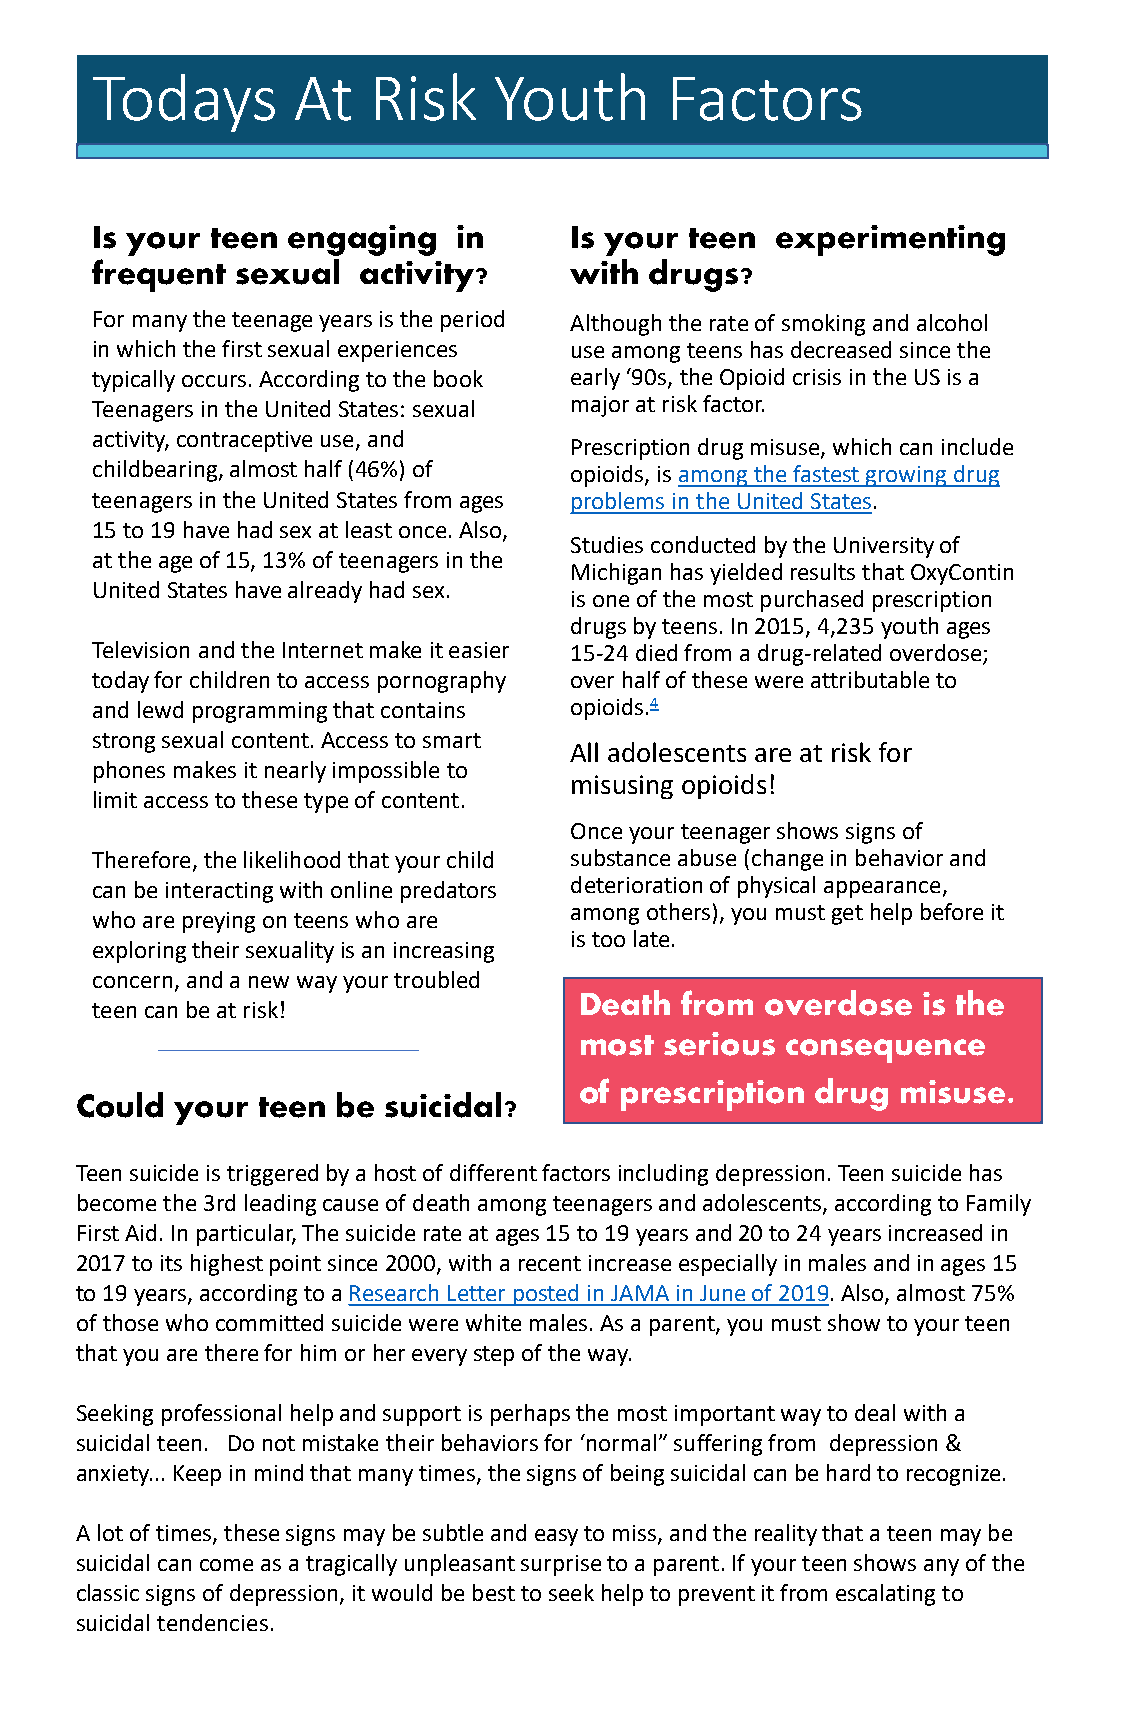
Todays       At   Risk     Youth      Factors
 Is your teen engaging   in      Is your teen experimenting
 frequent  sexual  activity?     with drugs?
 For many the teenage years is the period Although the rate of smoking and alcohol
 in which the first sexual experiences use among teens has decreased since the
 typically occurs. According to the book early ‘90s, the Opioid crisis in the US is a
 Teenagers in the United States: sexual major at risk factor.
 activity, contraceptive use, and
 Prescription drug misuse, which can include
 childbearing, almost half (46%) of opioids, is among the fastest growing drug
 teenagers in the United States from ages problems in the United States.
 15 to 19 have had sex at least once. Also,
 Studies conducted by the University of
 at the age of 15, 13% of teenagers in the
 Michigan has yielded results that OxyContin
 United States have already had sex.
 is one of the most purchased prescription
 drugs by teens. In 2015, 4,235 youth ages
 Television and the Internet make it easier 15-24 died from a drug-related overdose;
 today for children to access pornography over half of these were attributable to
 and lewd programming that contains opioids.4
 strong sexual content. Access to smart
 All adolescents are at risk for
 phones makes it nearly impossible to
 misusing opioids!
 limit access to these type of content.
 Once your teenager shows signs of
 Therefore, the likelihood that your child substance abuse (change in behavior and
 can be interacting with online predators deterioration of physical appearance,
 among others), you must get help before it
 who are preying on teens who are
 is too late.
 exploring their sexuality is an increasing
 concern, and a new way your troubled
 Death  from  overdose  is the
 teen can be at risk!
 most  serious consequence
 of prescription drug  misuse.
 Could  your teen be suicidal?
 Teen suicide is triggered by a host of different factors including depression. Teen suicide has
 become the 3rd leading cause of death among teenagers and adolescents, according to Family
 First Aid. In particular, The suicide rate at ages 15 to 19 years and 20 to 24 years increased in
 2017 to its highest point since 2000, with a recent increase especially in males and in ages 15
 to 19 years, according to a Research Letter posted in JAMA in June of 2019. Also, almost 75%
 of those who committed suicide were white males. As a parent, you must show to your teen
 that you are there for him or her every step of the way.
 Seeking professional help and support is perhaps the most important way to deal with a
 suicidal teen. Do not mistake their behaviors for ‘normal” suffering from depression &
 anxiety... Keep in mind that many times, the signs of being suicidal can be hard to recognize.
 A lot of times, these signs may be subtle and easy to miss, and the reality that a teen may be
 suicidal can come as a tragically unpleasant surprise to a parent. If your teen shows any of the
 classic signs of depression, it would be best to seek help to prevent it from escalating to
 suicidal tendencies.